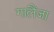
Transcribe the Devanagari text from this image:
गालैंजा